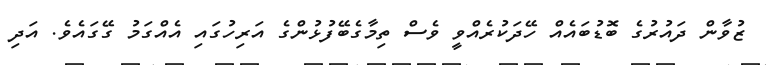
ޒުވާން ދައުރުގެ ބޮޑުބައެއް ހޭދަކުރެއްވީ ވެސް ތިމާގެބޭފުޅުންގެ އަރިހުގައި އެއްގަމު ގޭގައެވެ. އަދި